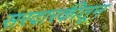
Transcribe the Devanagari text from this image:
सरदारकीतून